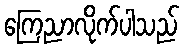
ကြေညာလိုက်ပါသည်